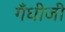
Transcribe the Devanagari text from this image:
गँधीजी